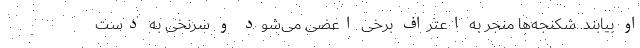
او بیابند. شکنجه‌‌ها منجر به اعتراف برخی اعضی می‌شود و سرنخی به دست